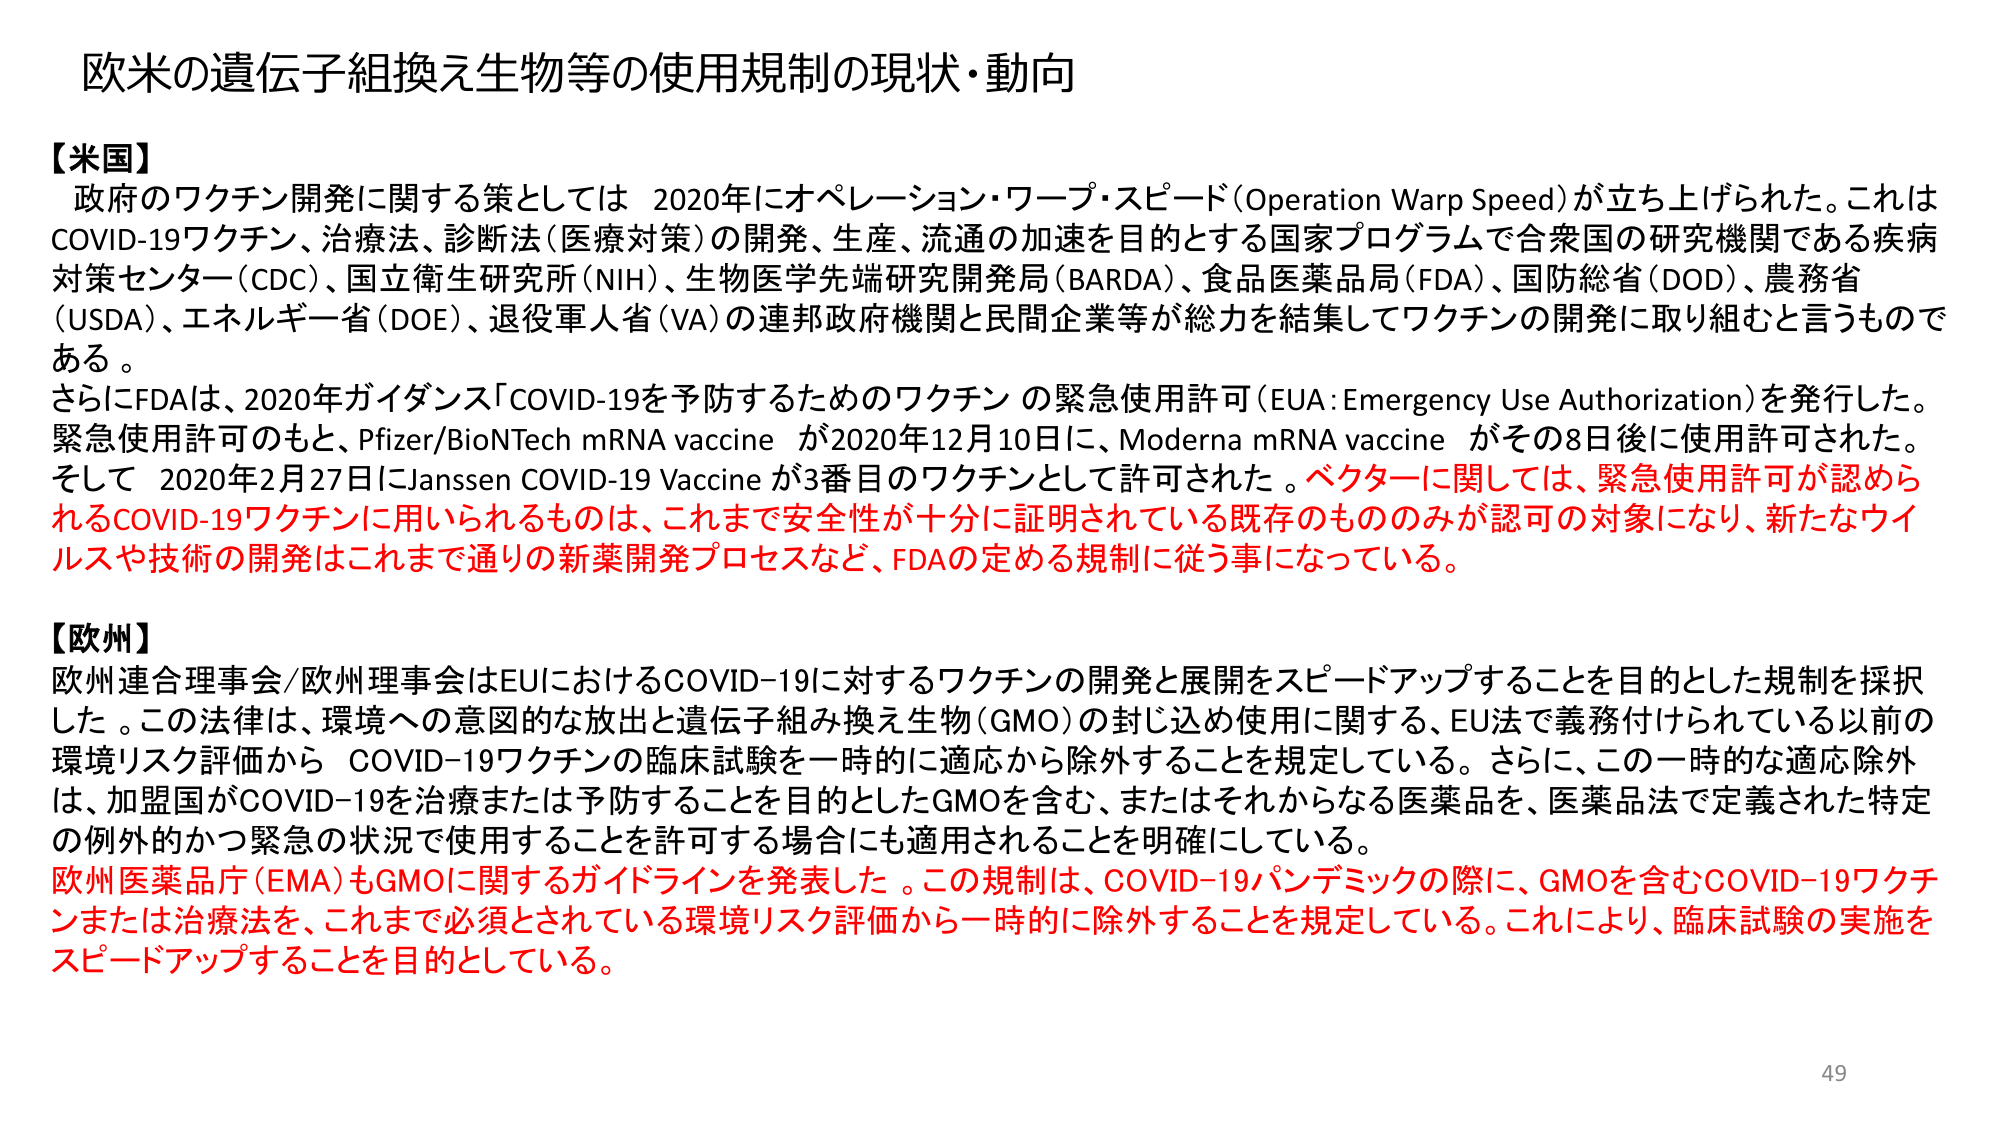
欧米の遺伝子組換え生物等の使用規制の現状・動向

【米国】
政府のワクチン開発に関する策としては 2020年にオペレーション・ワープ・スピード(Operation Warp Speed)が立ち上げられた。これはCOVID-19ワクチン、治療法、診断法(医療対策)の開発、生産、流通の加速を目的とする国家プログラムで合衆国の研究機関である疾病対策センター(CDC)、国立衛生研究所(NIH)、生物医学先端研究開発局(BARDA)、食品医薬品局(FDA)、国防総省(DOD)、農務省(USDA)、エネルギー省(DOE)、退役軍人省(VA)の連邦政府機関と民間企業等が総力を結集してワクチンの開発に取り組むと言うものである。
さらにFDAは、2020年ガイダンス「COVID-19を予防するためのワクチン の緊急使用許可(EUA:Emergency Use Authorization)」を発行した。緊急使用許可のもと、Pfizer/BioNTech mRNA vaccine が2020年12月10日に、Moderna mRNA vaccine がその8日後に使用許可された。そして 2020年2月27日にJanssen COVID-19 Vaccine が3番目のワクチンとして許可された。ベクターに関しては、緊急使用許可が認められるCOVID-19ワクチンに用いられるものは、これまで安全性が十分に証明されている既存のもののみが認可の対象になり、新たなウイルスや技術の開発はこれまで通りの新薬開発プロセスなど、FDAの定める規制に従う事になっている。

【欧州】
欧州連合理事会/欧州理事会はEUにおけるCOVID-19に対するワクチンの開発と展開をスピードアップすることを目的とした規制を採択した。この法律は、環境への意図的な放出と遺伝子組み換え生物(GMO)の封じ込め使用に関する、EU法で義務付けられている以前の環境リスク評価から COVID-19ワクチンの臨床試験を一時的に適応から除外することを規定している。さらに、この一時的な適応除外は、加盟国がCOVID-19を治療または予防することを目的としたGMOを含む、またはそれからなる医薬品を、医薬品法で定義された特定の例外的かつ緊急の状況で使用することを許可する場合にも適用されることを明確にしている。
欧州医薬品庁(EMA)もGMOに関するガイドラインを発表した。この規制は、COVID-19パンデミックの際に、GMOを含むCOVID-19ワクチンまたは治療法を、これまで必須とされている環境リスク評価から一時的に除外することを規定している。これにより、臨床試験の実施をスピードアップすることを目的としている。

49